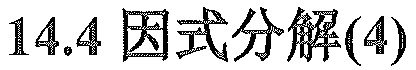
14.4 因式分解(4)